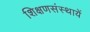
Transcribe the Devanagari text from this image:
शिक्षणसंस्थायें